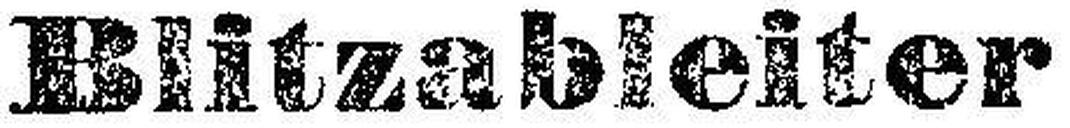
Blitzableiter